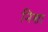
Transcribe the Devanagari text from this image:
निशा